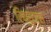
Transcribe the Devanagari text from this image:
रिक्रूटर्स